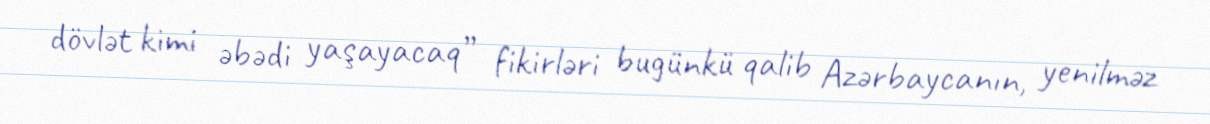
dövlət kimi əbədi yaşayacaq” fikirləri bugünkü qalib Azərbaycanın, yenilməz